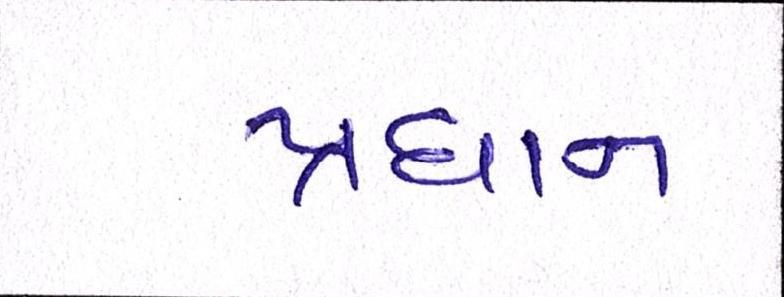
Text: પ્રધાન